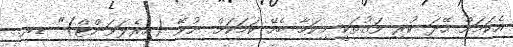
އެކަމަށް ހޭދަ ކުރި ވަގުތަކީ މިކަމާ ބެހޭ ކަމަކަށް ނުވޭ (އިރެލަވަންޓް)" ޑރ.